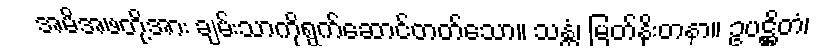
အမိအဖတို့အား ချမ်းသာကိုရွက်ဆောင်တတ်သော။ သန္တံ၊ မြတ်နိုးတနာ။ ဥပဋ္ဌိတံ၊